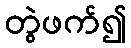
တွဲဖက်၍